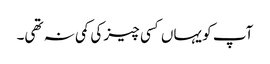
آپ کو یہاں کسی چیز کی کمی نہ تھی۔